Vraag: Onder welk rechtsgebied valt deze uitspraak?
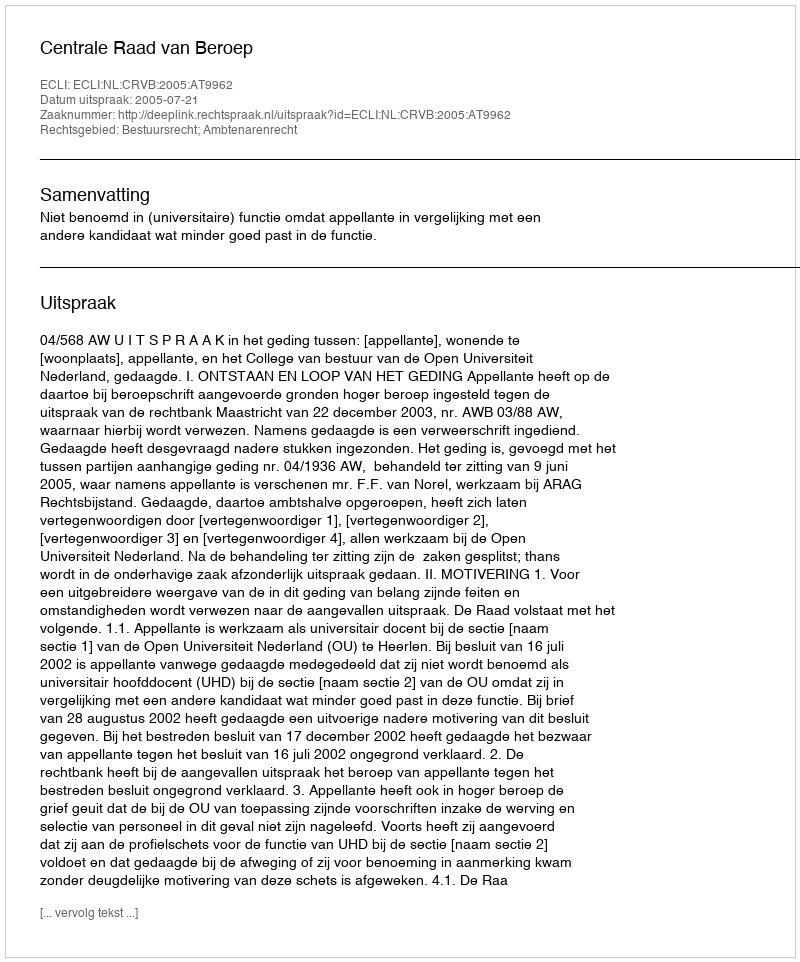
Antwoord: Bestuursrecht; Ambtenarenrecht